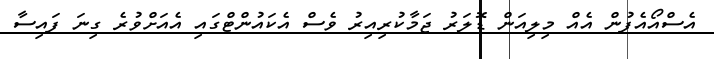
އެސްއޯއެފުން އެއް މިލިއަން ޑޮލަރު ޖަމާކުރިއިރު ވެސް އެކައުންޓްގައި އެއަށްވުރެ ގިނަ ފައިސާ